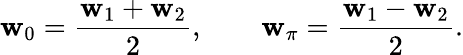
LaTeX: \mathbf{w}_{0}=\frac{{\mathbf{w}_{1}+\mathbf{w}_{2}}}{{2}},\qquad\mathbf{w}_{\pi}=\frac{{\mathbf{w}_{1}-\mathbf{w}_{2}}}{{2}}.